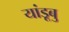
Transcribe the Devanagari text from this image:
यांडूबु